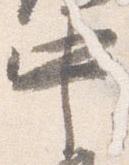
中